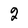
Character: 2